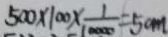
5 0 0 \times 1 0 0 \times \frac { 1 } { 1 0 0 0 0 } = 5 0 m